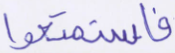
فاستمتعوا